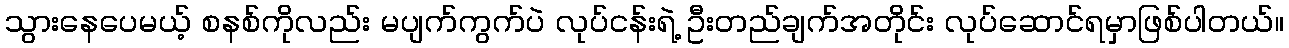
သွားနေပေမယ့် စနစ်ကိုလည်း မပျက်ကွက်ပဲ လုပ်ငန်းရဲ့ ဦးတည်ချက်အတိုင်း လုပ်ဆောင်ရမှာဖြစ်ပါတယ်။